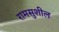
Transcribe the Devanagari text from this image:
रामसुशील